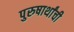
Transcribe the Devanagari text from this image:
पुरुषार्थांची